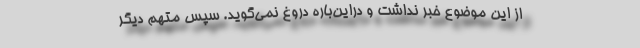
از این موضوع خبر نداشت و در‌این‌باره دروغ نمی‌گوید. سپس متهم دیگر